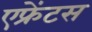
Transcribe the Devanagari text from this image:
एफ्रेंटस